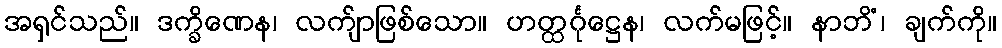
အရှင်သည်။ ဒက္ခိဏေန၊ လက်ျာဖြစ်သော။ ဟတ္ထင်္ဂုဋ္ဌေန၊ လက်မဖြင့်။ နာဘိံ၊ ချက်ကို။